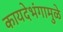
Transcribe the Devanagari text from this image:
कायदेभंगामुळे